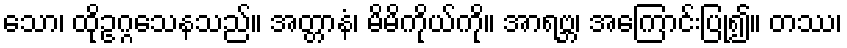
သော၊ ထိုဥဂ္ဂသေနသည်။ အတ္တာနံ၊ မိမိကိုယ်ကို။ အာရဗ္ဘ၊ အကြောင်းပြု၍။ တဿ၊